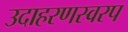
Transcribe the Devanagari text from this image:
उदाहरणस्वरप